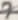
Text: 7